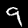
Label: 9